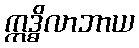
ဣဒ္ဓိလာဘာယ